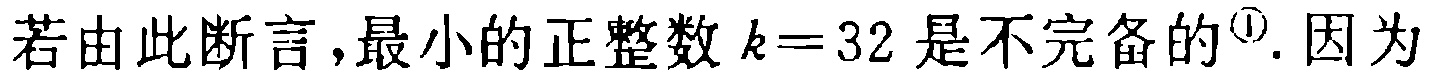
若由此断言,最小的正整数 \(k = 32\) 是不完备的\(^{\textcircled{1}}\). 因为